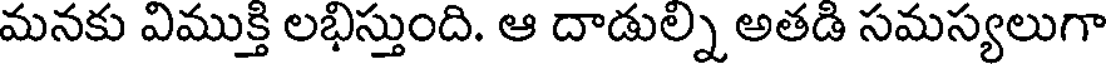
మనకు విముక్తి లభిస్తుంది. ఆ దాడుల్ని అతడి సమస్యలుగా